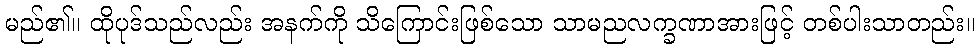
မည်၏။ ထိုပုဒ်သည်လည်း အနက်ကို သိကြောင်းဖြစ်သော သာမညလက္ခဏာအားဖြင့် တစ်ပါးသာတည်း။